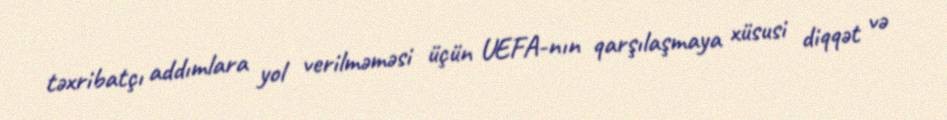
təxribatçı addımlara yol verilməməsi üçün UEFA-nın qarşılaşmaya xüsusi diqqət və